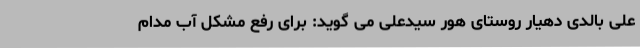
علی بالدی دهیار روستای هور سیدعلی می گوید: برای رفع مشکل آب مدام